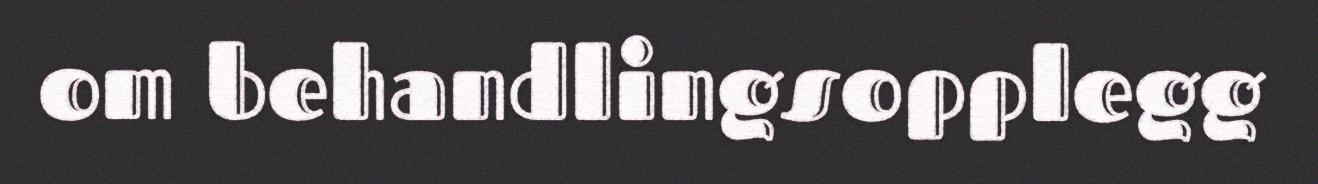
om behandlingsopplegg